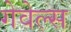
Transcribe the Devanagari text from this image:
गेवेल्स